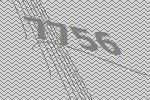
7756